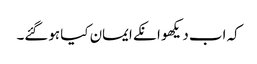
کہ اب دیکھو انکے ایمان کیا ہوگئے۔